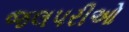
જલપરીઓ